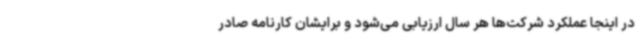
در اینجا عملکرد شرکت‌ها هر سال ارزیابی می‌شود و برایشان کارنامه صادر